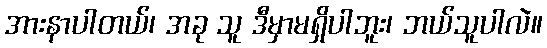
အားနာပါတယ်၊ အခု သူ ဒီမှာမရှိပါဘူး၊ ဘယ်သူပါလဲ။